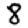
Digit: 8